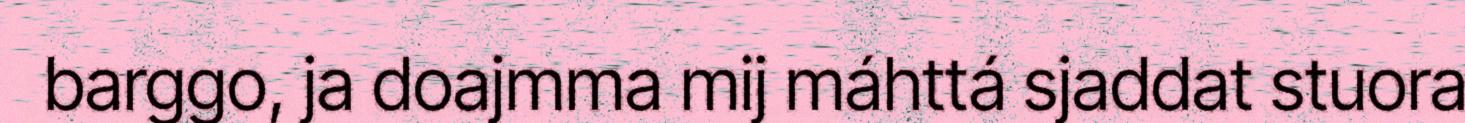
barggo, ja doajmma mij máhttá sjaddat stuora